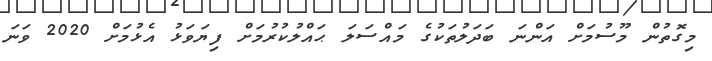
މިގޮތުން މޫސުމަށް އަންނަ ބަދަލުތަކުގެ މައްސަލަ ޙައްލުކުރުމަށް ފިޔަވަޅު އެޅުމަށް 2020 ވަނަ